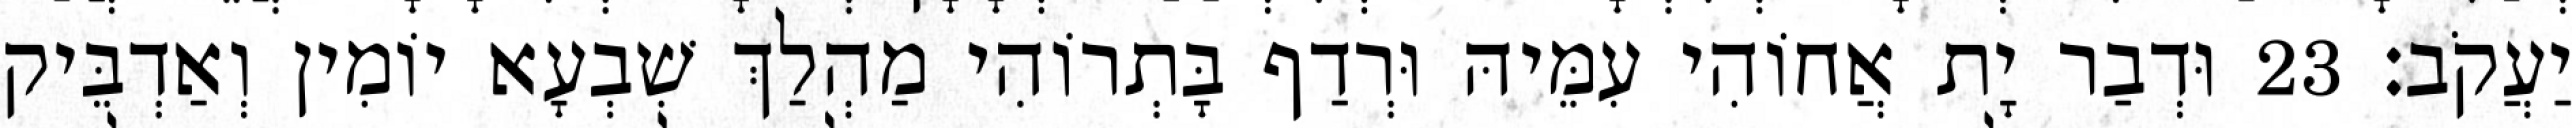
יַעֲקֹב׃ 23 וּדְבַר יָת אֲחוֹהִי עִמֵּיהּ וּרְדַף בָּתְרוֹהִי מַהְלַךְ שִׁבְעָא יוֹמִין וְאַדְבֵּיק